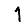
Digit: 1